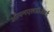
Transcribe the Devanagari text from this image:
ओपनएलडीआई